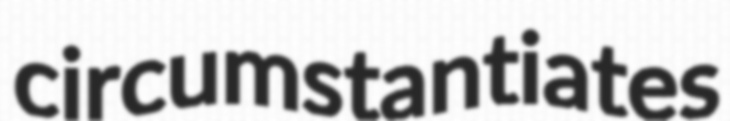
circumstantiates